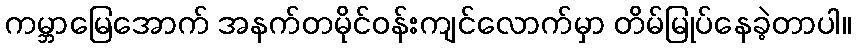
ကမ္ဘာမြေအောက် အနက်တမိုင်ဝန်းကျင်လောက်မှာ တိမ်မြုပ်နေခဲ့တာပါ။